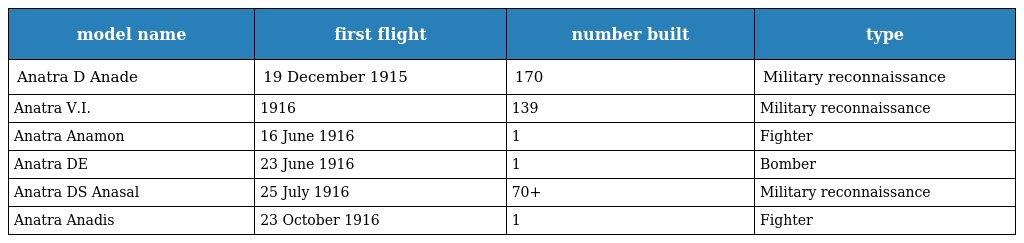
| model name | first flight | number built | type |
 | --- | --- | --- | --- |
 | Anatra D Anade | 19 December 1915 | 170 | Military reconnaissance |
 | Anatra V.I. | 1916 | 139 | Military reconnaissance |
 | Anatra Anamon | 16 June 1916 | 1 | Fighter |
 | Anatra DE | 23 June 1916 | 1 | Bomber |
 | Anatra DS Anasal | 25 July 1916 | 70+ | Military reconnaissance |
 | Anatra Anadis | 23 October 1916 | 1 | Fighter |